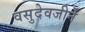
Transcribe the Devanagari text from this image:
वसुदेवजीने